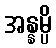
အန္နမ္ပိ